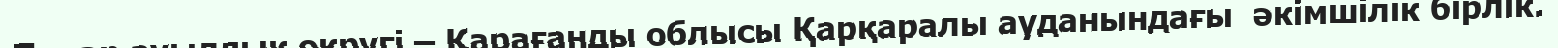
Томар ауылдық округі – Қарағанды облысы Қарқаралы ауданындағы  әкімшілік бірлік.